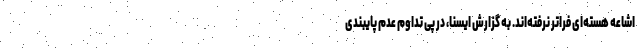
اشاعه هسته‌ای فراتر نرفته‌اند. به گزارش ایسنا، در پی تداوم عدم پایبندی